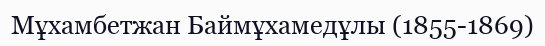
Мұхамбетжан Баймұхамедұлы (1855-1869)